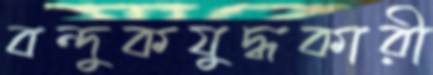
বন্দুকযুদ্ধকারী